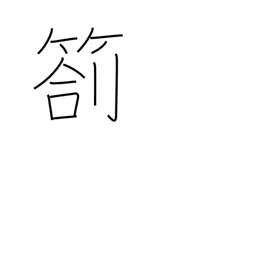
Meaning: progress report